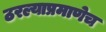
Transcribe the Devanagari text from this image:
ठरल्याप्रमाणेच